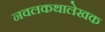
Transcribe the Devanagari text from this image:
नवलकथालेखक